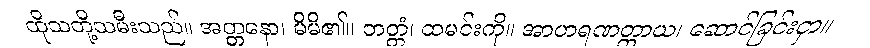
ထိုသတို့သမီးသည်။ အတ္တနော၊ မိမိ၏။ ဘတ္တံ၊ ထမင်းကို။ အာဟရဏတ္ထာယ၊ ဆောင်ခြင်းငှာ။